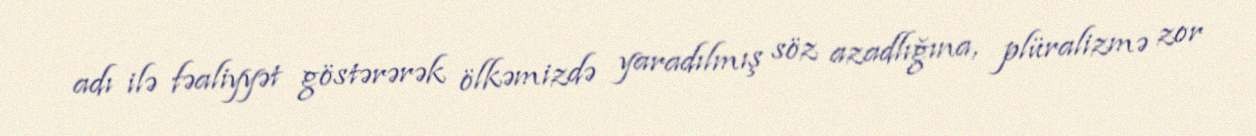
adı ilə fəaliyyət göstərərək ölkəmizdə yaradılmış söz azadlığına, plüralizmə zor